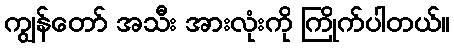
ကျွန်တော် အသီး အားလုံးကို ကြိုက်ပါတယ်။